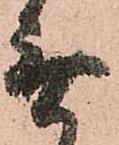
無